Document type: Sale
Year: 1423
Scribe: Joan Franc
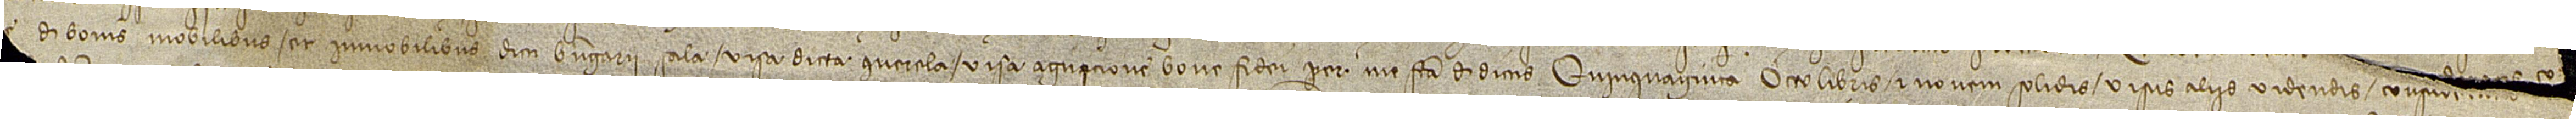
[...] [...]e de bonis mobilibus et immobilibus dicti Berengarii Sala, visa dicta querela, visa agnicione bone fidei per me facta de dictis quinquaginta octo libris et novem solidis, visis aliis videndis, consi[derati]s co[nsiderandis et attentis ate]